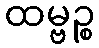
ထမ္ဗဉ္စ